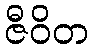
ဇီဝိတ